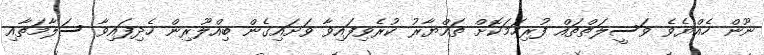
ނޫން ހެއްޔެވެ ވަސީލަތްތައް ފުރިހަމަކޮށް ތައްޔާރު ކުރެވިފައިވާ ވަށައިގެން ބިއްލޫރިން ހެދިފައިވާ ސަލާމަތާއި